Insane asylums in Bengal annual reports 1867-1875 - 1867-1875
Year: 1867
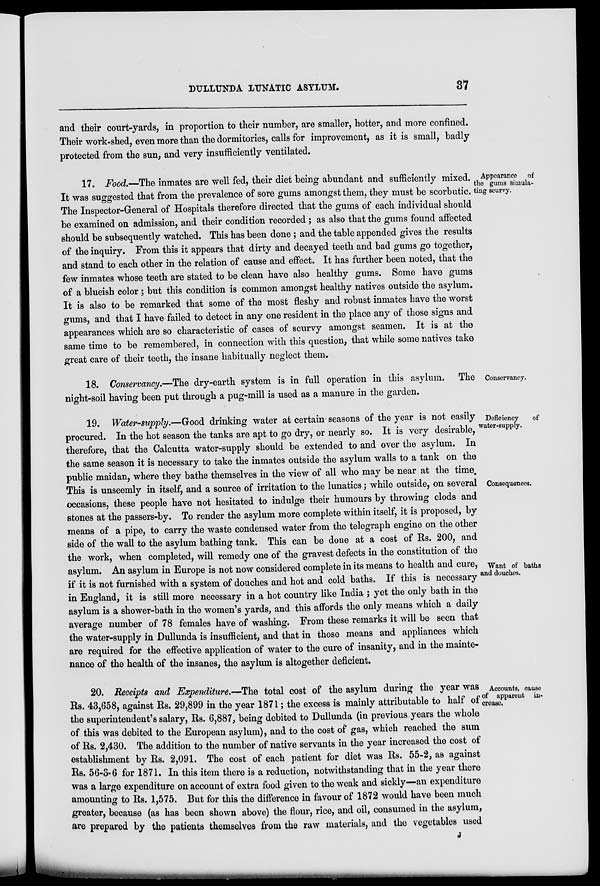
DULLUNDA LUNATIC ASYLUM.
37
and their court-yards, in proportion to their number, are smaller, hotter, and more confined.
Their work-shed, even more than the dormitories, calls for improvement, as it is small, badly
protected from the sun, and very insufficiently ventilated.
Appearance of
the gums simula-
ting scurvy.
17. Food.—The inmates are well fed, their diet being abundant and sufficiently mixed.
It was suggested that from the prevalence of sore gums amongst them, they must be scorbutic.
The Inspector-General of Hospitals therefore directed that the gums of each individual should
be examined on admission, and their condition recorded ; as also that the gums found affected
should be subsequently watched. This has been done ; and the table appended gives the results
of the inquiry. From this it appears that dirty and decayed teeth and bad gums go together,
and stand to each other in the relation of cause and effect. It has further been noted, that the
few inmates whose teeth are stated to be clean have also healthy gums. Some have gums
of a blueish color; but this condition is common amongst healthy natives outside the asylum.
It is also to be remarked that some of the most fleshy and robust inmates have the worst
gums, and that I have failed to detect in any one resident in the place any of those signs and
appearances which are so characteristic of cases of scurvy amongst seamen. It is at the
same time to be remembered, in connection with this question, that while some natives take
great care of their teeth, the insane habitually neglect them.
Conservancy.
18. Conservancy.—The dry-earth system is in full operation in this asylum. The
night-soil having been put through a pug-mill is used as a manure in the garden.
Deficiency
of
water-supply.
Consequences.
Want of baths
and douches.
19. Water-supply.—Good drinking water at certain seasons of the year is not easily
procured. In the hot season the tanks are apt to go dry, or nearly so. It is very desirable,
therefore, that the Calcutta water-supply should be extended to and over the asylum. In
the same season it is necessary to take the inmates outside the asylum walls to a tank on the
public maidan, where they bathe themselves in the view of all who may be near at the time.
This is unseemly in itself, and a source of irritation to the lunatics; while outside, on several
occasions, these people have not hesitated to indulge their humours by throwing clods and
stones at the passers-by. To render the asylum more complete within itself, it is proposed, by
means of a pipe, to carry the waste condensed water from the telegraph engine on the other
side of the wall to the asylum bathing tank. This can be done at a cost of Rs. 200, and
the work, when completed, will remedy one of the gravest defects in the constitution of the
asylum. An asylum in Europe is not now considered complete in its means to health and cure,
if it is not furnished with a system of douches and hot and cold baths. If this is necessary
in England, it is still more necessary in a hot country like India ; yet the only bath in the
asylum is a shower-bath in the women's yards, and this affords the only means which a daily
average number of 78 females have of washing. From these remarks it will be seen that
the water-supply in Dullunda is insufficient, and that in those means and appliances which
are required for the effective application of water to the cure of insanity, and in the mainte-
nance of the health of the insanes, the asylum is altogether deficient.
Accounts, cause
of apparent in-
crease.
20. Receipts and Expenditure.—The total cost of the asylum during the year was
Rs. 43,658, against Rs. 29,899 in the year 1871; the excess is mainly attributable to half of
the superintendent's salary, Rs. 6,887, being debited to Dullunda (in previous years the whole
of this was debited to the European asylum), and to the cost of gas, which reached the sum
of Rs. 2,430. The addition to the number of native servants in the year increased the cost of
establishment by Rs. 2,091. The cost of each patient for diet was Rs. 55-2, as against
Rs. 56-3-6 for 1871. In this item there is a reduction, notwithstanding that in the year there
was a large expenditure on account of extra food given to the weak and sickly—an expenditure
amounting to Rs. 1,575. But for this the difference in favour of 1872 would have been much
greater, because (as has been shown above) the flour, rice, and oil, consumed in the asylum,
are prepared by the patients themselves from the raw materials, and the vegetables used
J